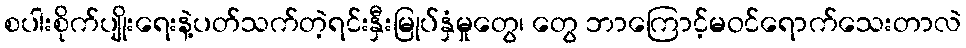
စပါးစိုက်ပျိုးရေးနဲ့ပတ်သက်တဲ့ရင်းနှီးမြုပ်နှံမှုတွေ၊ တွေ ဘာကြောင့်မဝင်ရောက်သေးတာလဲ